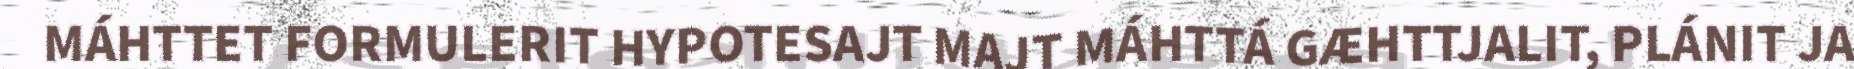
MÁHTTET FORMULERIT HYPOTESAJT MAJT MÁHTTÁ GÆHTTJALIT, PLÁNIT JA